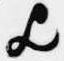
歟